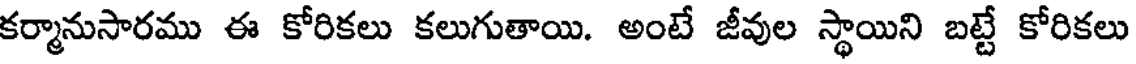
కర్మానుసారము ఈ కోరికలు కలుగుతాయి. అంటే జీవుల స్థాయిని బట్టే కోరికలు